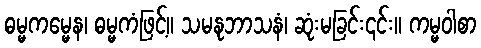
ဓမ္မကမ္မေန၊ ဓမ္မကံဖြင့်။ သမနုဘာသနံ၊ ဆုံးမခြင်း၎င်း။ ကမ္မဝါစာ